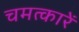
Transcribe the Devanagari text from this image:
चमत्कारें